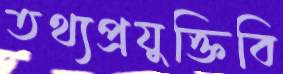
তথ্যপ্রযুক্তিবি